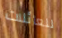
للعائلات